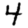
Digit: 4